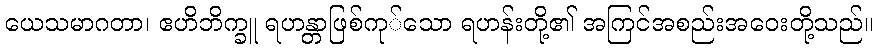
ယေသမာဂတာ၊ ဧဟိဘိက္ခူ ရဟန္တာဖြစ်ကု်သော ရဟန်းတို့၏ အကြင်အစည်းအဝေးတို့သည်။